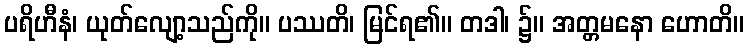
ပရိဟီနံ၊ ယုတ်လျော့သည်ကို။ ပဿတိ၊ မြင်ရ၏။ တဒါ၊ ၌။ အတ္တမနော ဟောတိ။